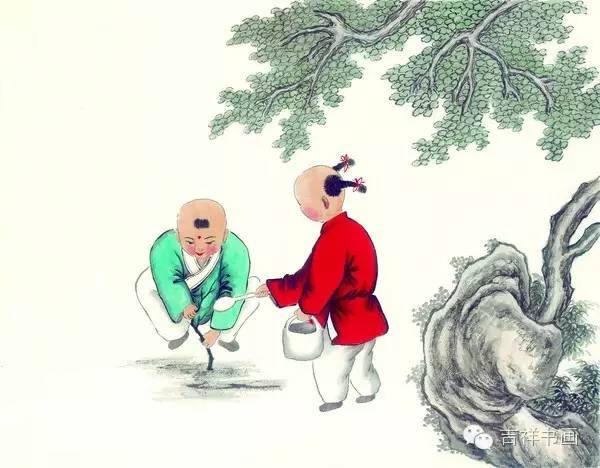
小时不识月，呼作白玉盘。